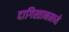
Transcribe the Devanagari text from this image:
दागिस्तानमध्ये